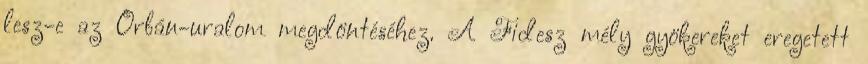
lesz-e az Orbán-uralom megdöntéséhez. A Fidesz mély gyökereket eregetett